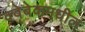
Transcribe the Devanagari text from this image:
क्वेबेकमधील